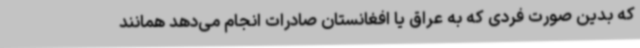
که بدین صورت فردی که به عراق یا افغانستان صادرات انجام می‌دهد همانند